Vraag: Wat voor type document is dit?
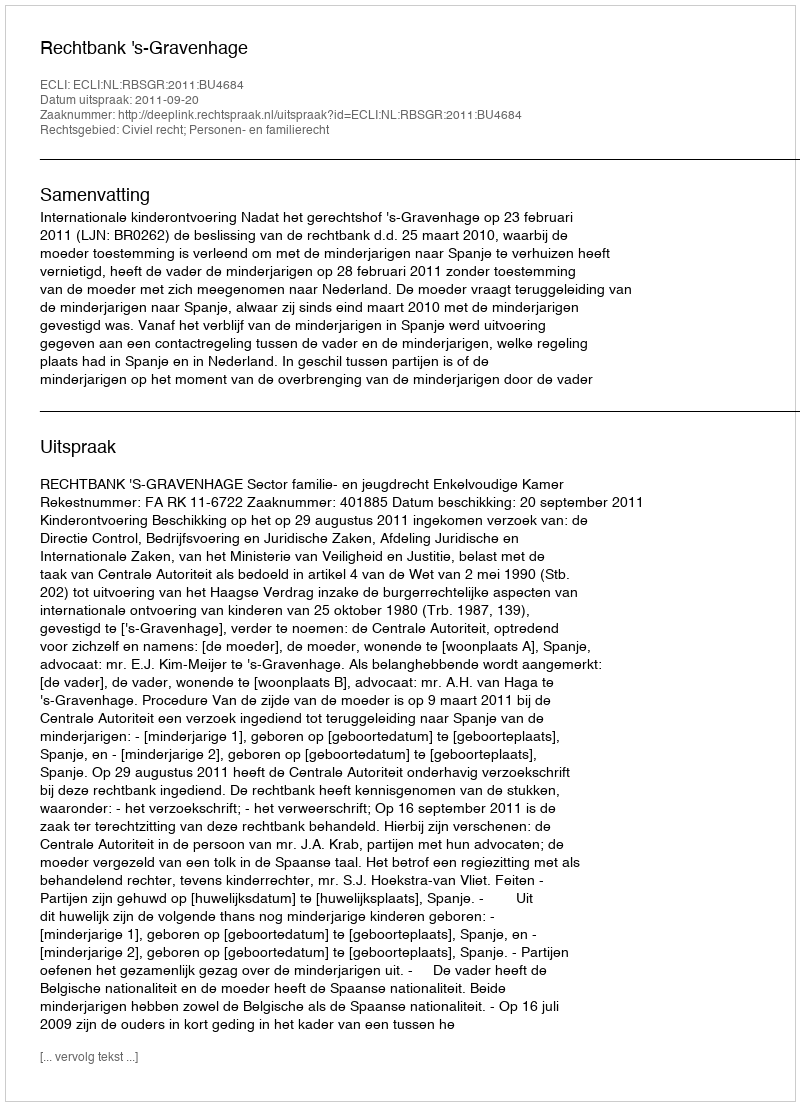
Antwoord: Uitspraak